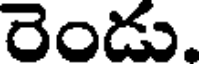
రెండు.